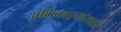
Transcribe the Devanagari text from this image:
अधिकाऱयांसाठी